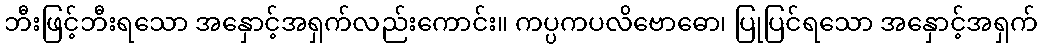
ဘီးဖြင့်ဘီးရသော အနှောင့်အရှက်လည်းကောင်း။ ကပ္ပကပလိဗောဓော၊ ပြုပြင်ရသော အနှောင့်အရှက်